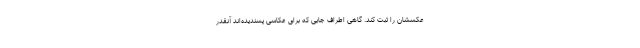
عکسشان را ثبت کند. گاهی اطرافِ جایی که برای عکاسی پسندیده‌اند آنقدر